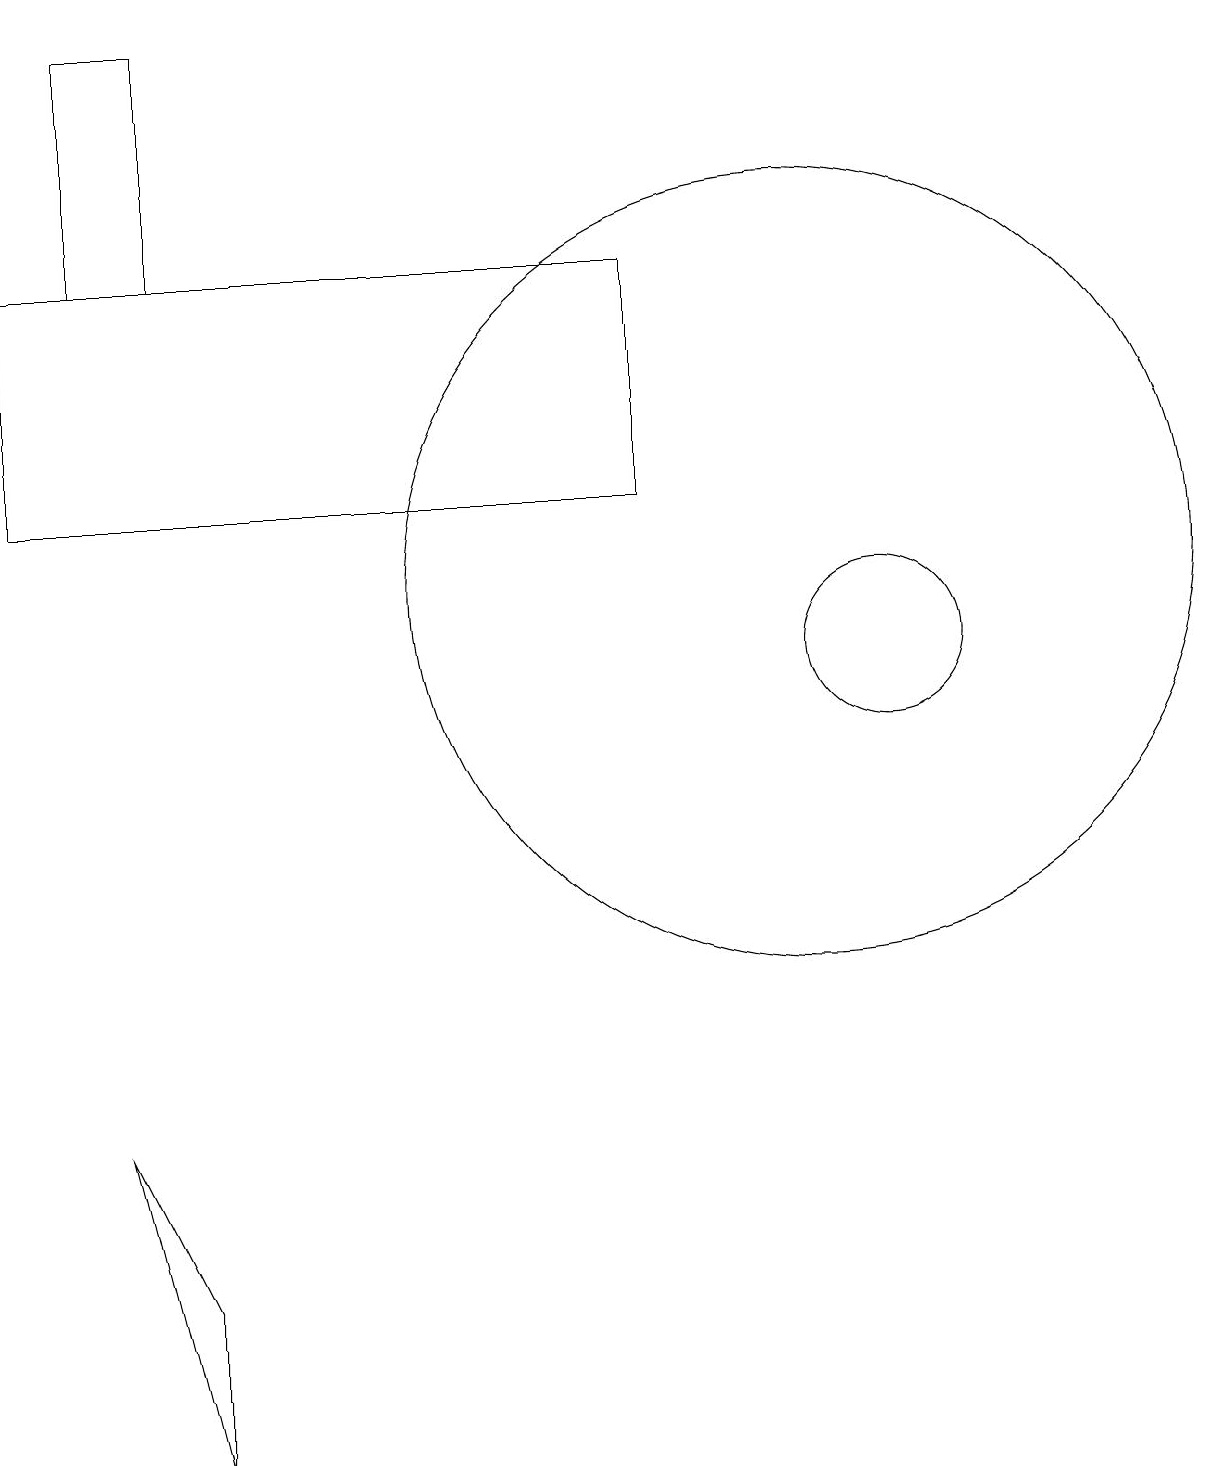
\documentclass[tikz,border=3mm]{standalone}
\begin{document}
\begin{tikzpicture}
\draw (1,5) -- (2,3) -- (2,1) -- cycle;
\draw (8,16) rectangle (0,13);
\draw (10,12) circle (5);
\draw (1,19) rectangle (2,16);
\draw (11,11) circle (1);
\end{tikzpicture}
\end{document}